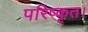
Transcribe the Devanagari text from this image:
परिष्कृत।